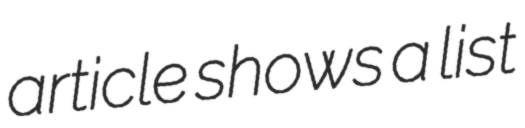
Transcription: article shows a list